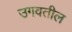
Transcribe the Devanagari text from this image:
उगवतील